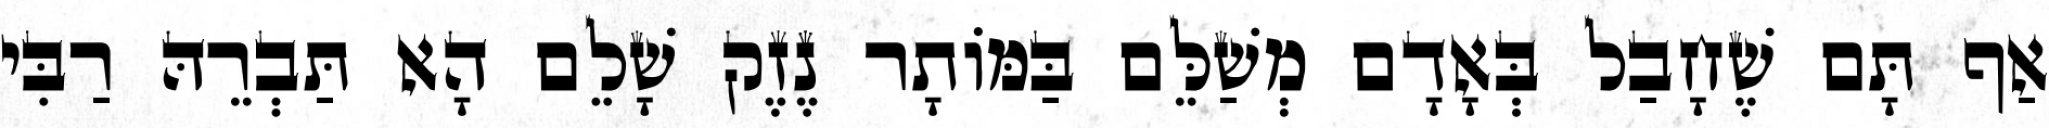
אַף תָּם שֶׁחָבַל בְּאָדָם מְשַׁלֵּם בַּמּוֹתָר נֶזֶק שָׁלֵם הָא תַּבְרֵהּ רַבִּי